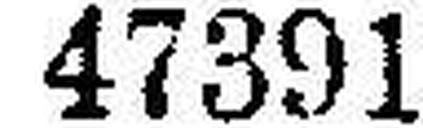
47391